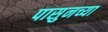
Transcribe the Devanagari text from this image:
पासुनच्या